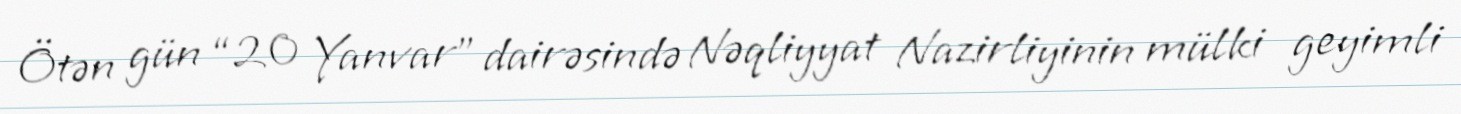
Ötən gün “20 Yanvar” dairəsində Nəqliyyat Nazirliyinin mülki geyimli